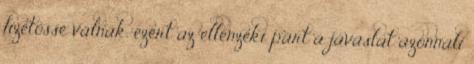
fizetőssé válnak, ezért az ellenzéki párt a javaslat azonnali